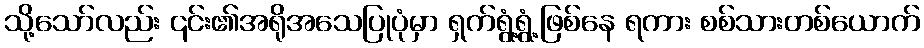
သို့သော်လည်း ၎င်း၏အရိုအသေပြုပုံမှာ ရှက်ရွံ့ရွံ့ဖြစ်နေ ရကား စစ်သားတစ်ယောက်